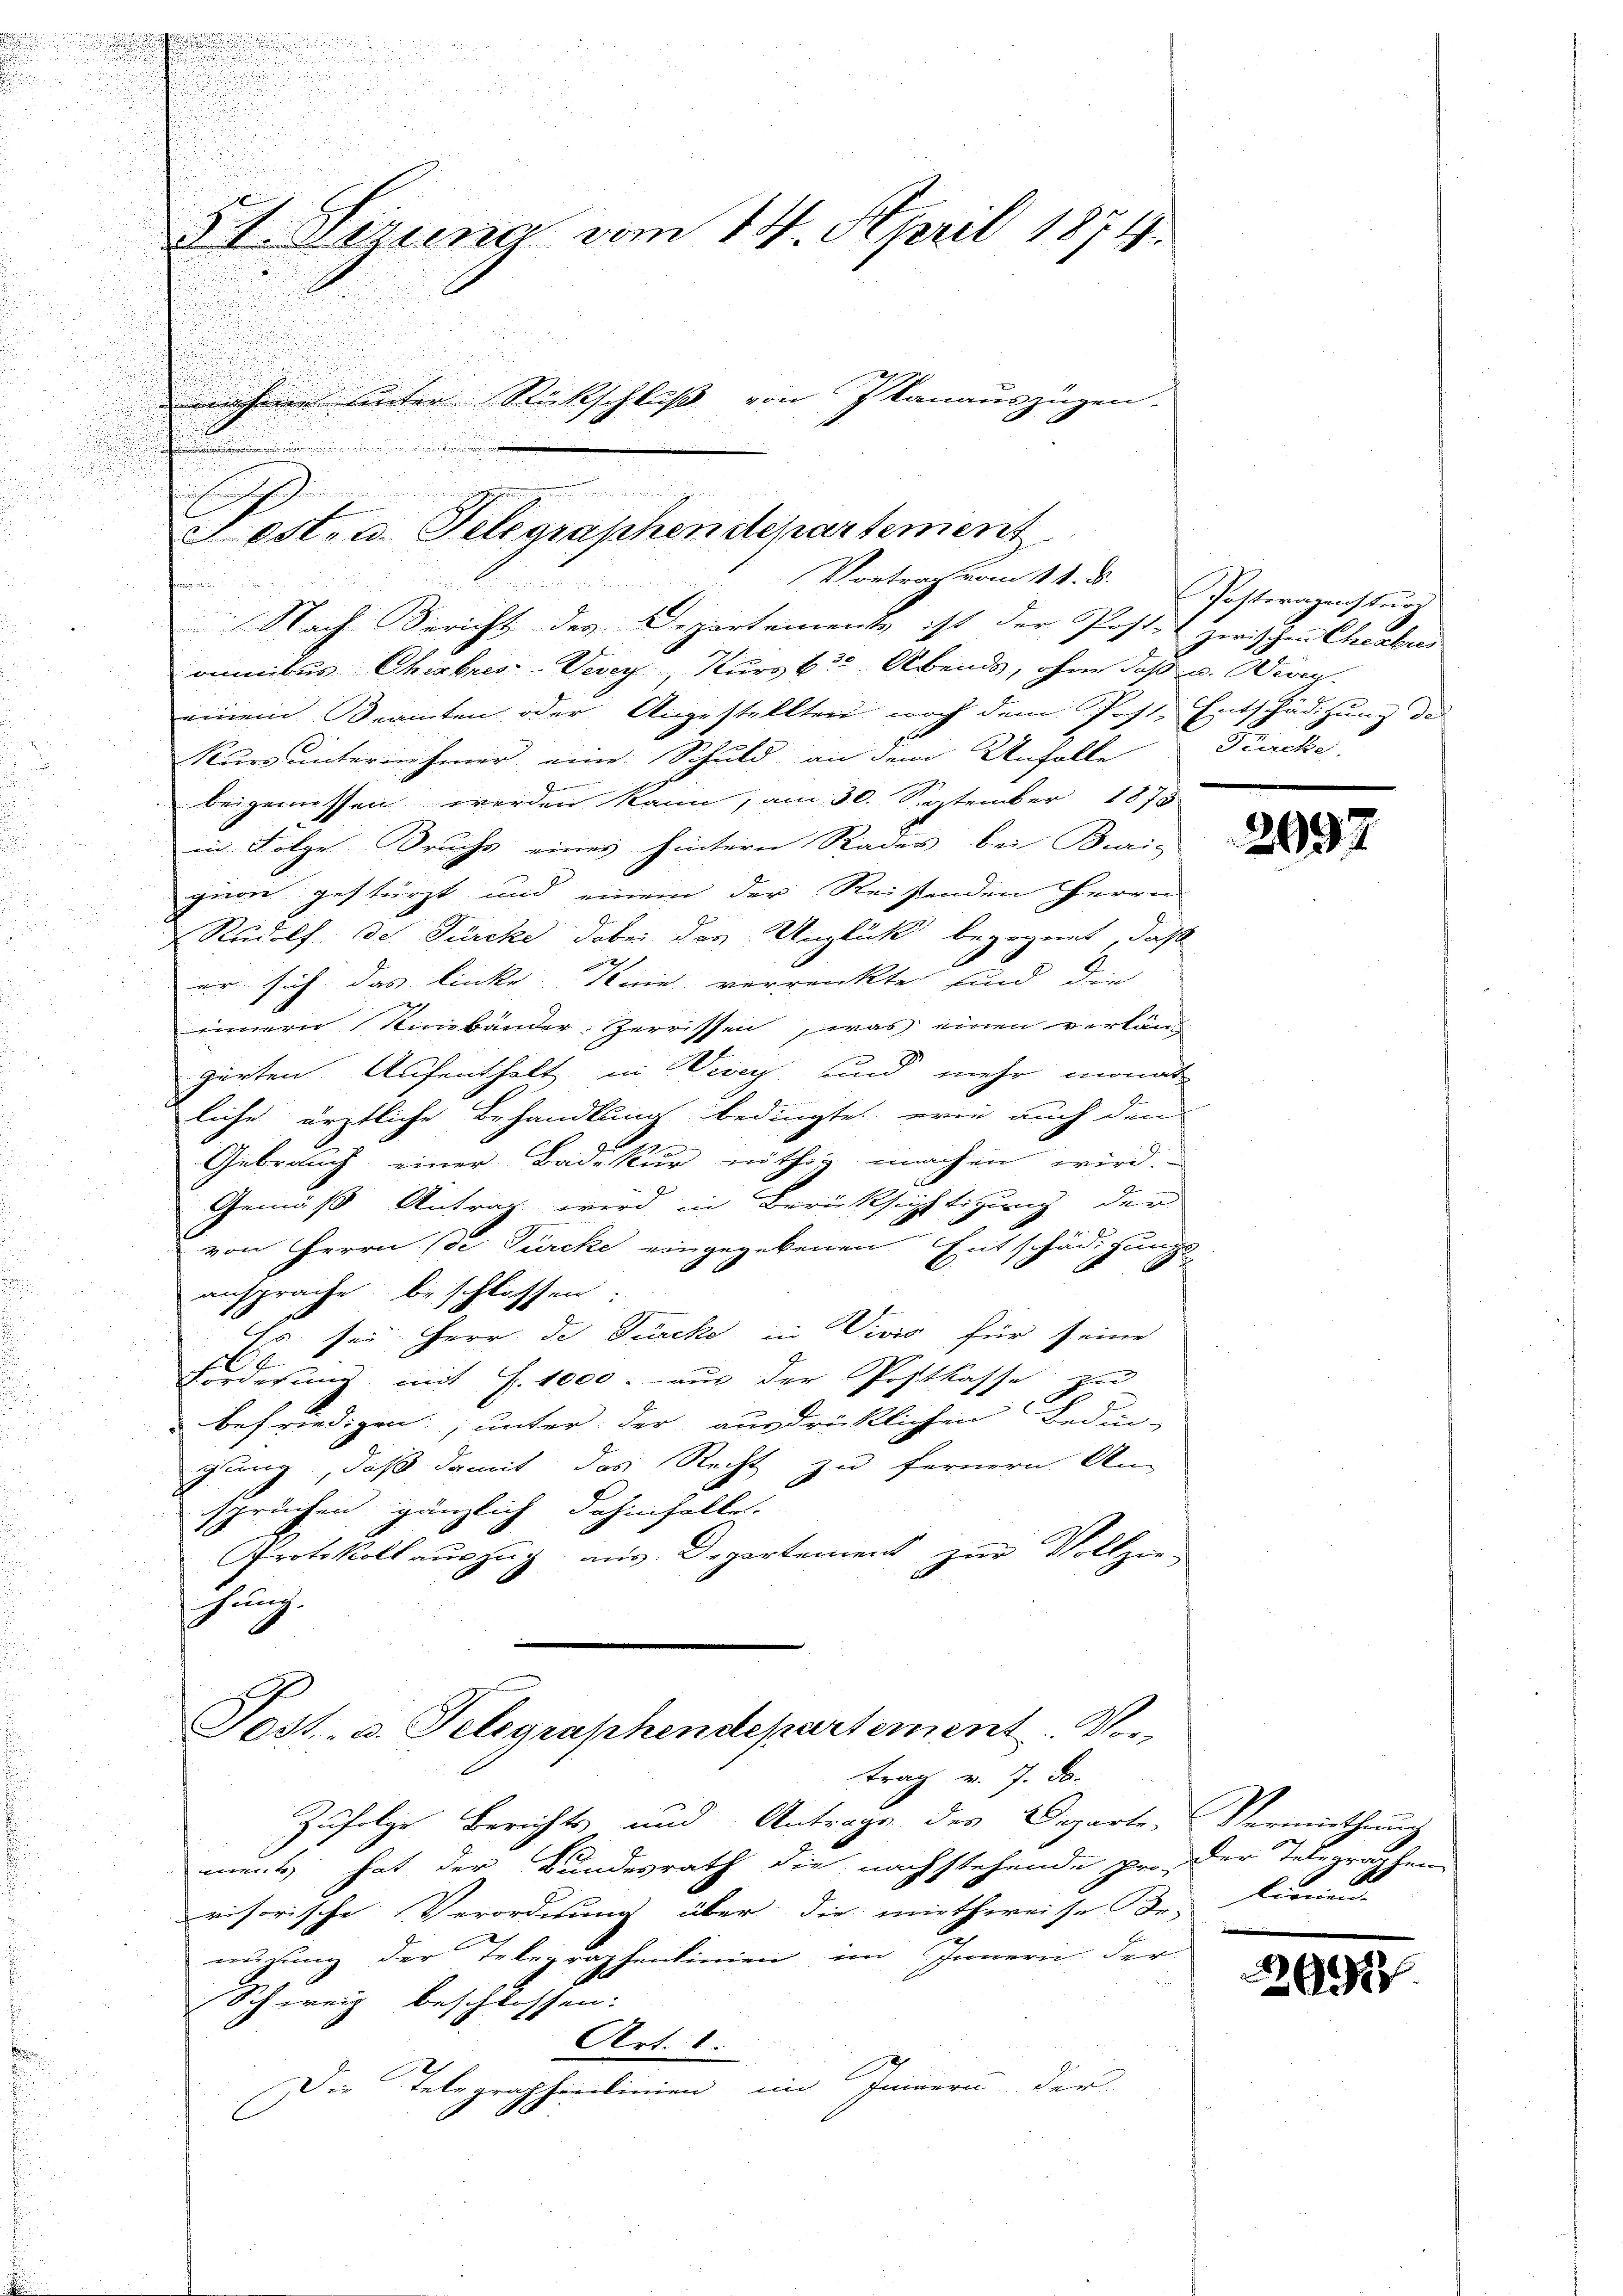
.

t Sitzung vom 14. April 1874.
Die Herr unter Rückschluß von Ikanauszügen.
e
d

Nach Bericht des Departements ist der Postet zwischen Chembres
omnibus Chirbres-Vevey Kurs 6. Abends, ohne daß u. Ding
einem Seamten oder Angestellten noch dem Post. Entschädigung des
Kurs unternehmer eine Schuld an dem Unfalle
.
beigemessen werden kann, am 30. September 1875
in Folge Bruchs eines hintern Rades bei Buris
quon gestürzt und einem der Reistenden Herrn
Rudolf der Türcke dabei der Unglück begegnet, daß

er sich das linke sie verrenckte sind die
einern Riviebänder-Zerrissen, was einen verländ-
gärten Aufenthalt in Werey und mehr monat
liche ärztliche Behandlung bedingte, wie auch den
Gebrauch einer Badekur nöthig machen wird.
Gemäß Antrag wird in Berücksichtigung der
von Herrn (de Turcke eingegebenen Entschädigungs
B
ansprache beschlossen:
Es sei. Herr de Puncke in Divis für seine
Forderung mit S. 1000.- aus der Postkasse zu
F
befriedigen, unter der ausdrücklichen Bedin-
glung, daß damit das Recht zu fernern An-
spruchen gänzlich dahinfalle.
Protokoll aŭszŭg aŭs Departement zŭr Vollzie-
hung.

n

E
Lest. u. Telegraphendepartement
Pommen.
Vortrag vom 11. d. Posteragensturz

Jost, u. Telegraphendepartement. Vortrag v. 7. d.

Zufolge Berichts und Antrage des Departe
ment hat der Bundesrath die nachstehende pro-
visorische Verordnung über die miethweise der Dien
mugung der Telegraphenlinien im Innern der
Schweiz beschlossen:
Art. 1.
Die Telegraphenlinien im Innern der
C

Fercke.

2097

Vermuthung
Der Telegrauten.

637